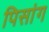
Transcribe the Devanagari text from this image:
पिसांग